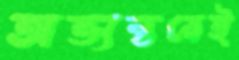
অভ্যন্তরেই